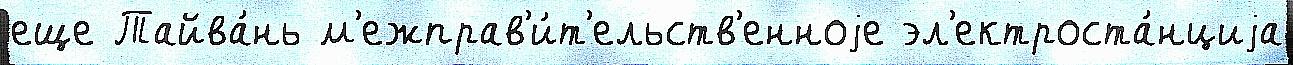
еще Тайва́нь м'ежправ'и́т'ельств'енноjе эл'ектроста́нциjа